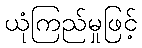
ယုံကြည်မှုဖြင့်